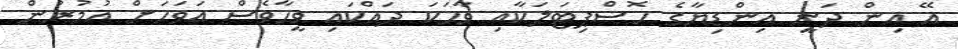
އޭ އިން ދަނީ އިންޑިޔާގެ ހޮސްޕިޓަލަކާއި ވާހަކަ ދައްކައި ވީހާވެސް އަވަހަށް އުމުރުން